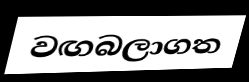
වඟබලාගත